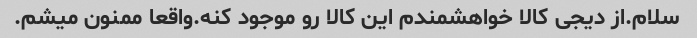
سلام.از دیجی کالا خواهشمندم این کالا رو موجود کنه.واقعا ممنون میشم.